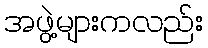
အဖွဲ့များကလည်း